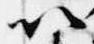
以